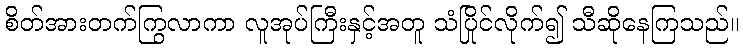
စိတ်အားတက်ကြွလာကာ လူအုပ်ကြီးနှင့်အတူ သံပြိုင်လိုက်၍ သီဆိုနေကြသည်။